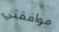
موافقتي